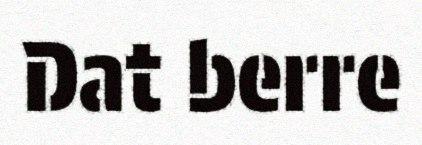
Dat berre